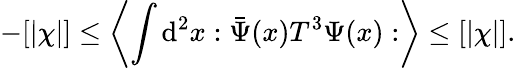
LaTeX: -[\vert\chi\vert]\leq\left\langle\int\mathrm{d}^{2}x:\bar{{\Psi}}(x)T^{3}\Psi(x):\right\rangle\leq[\vert\chi\vert].